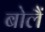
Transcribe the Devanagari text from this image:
बोलैं